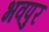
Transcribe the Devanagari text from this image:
भवपुर